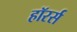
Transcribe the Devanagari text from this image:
हॉरर्स